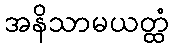
အနိသာမယတ္ထံ